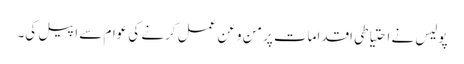
پولیس نے احتیاطی اقدامات پر من و عن عمل کرنے کی عوام سے اپیل کی۔